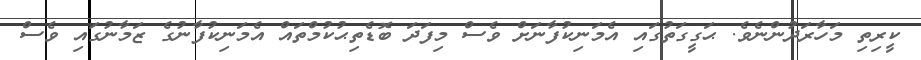
ކީރިތި މަހާރަދުންނެވެ. ޙަގީގަތުގައި އެމަނިކުފާނަށް ވެސް މިފަދަ ބޮޑެތިޙުކުމްތައް އެމަނިކުފާނުގެ ޒަމާނުގައި ވެސް